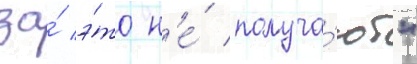
за́ э́то н'е́ получа́ют"